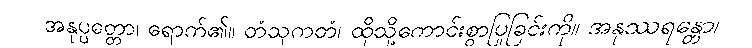
အနုပ္ပတ္တော၊ ရောက်၏။ တံသုကတံ၊ ထိုသို့ကောင်းစွာပြုခြင်းကို။ အနုဿရန္တော၊